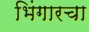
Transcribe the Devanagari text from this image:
भिंगारचा